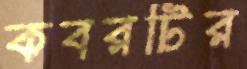
কবরটির